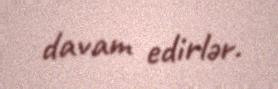
davam edirlər.